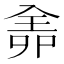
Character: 𠓳